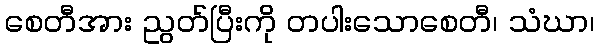
စေတီအား ညွတ်ပြီးကို တပါးသောစေတီ၊ သံဃာ၊